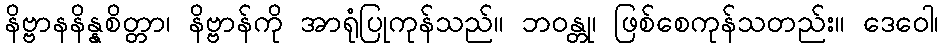
နိဗ္ဗာနနိန္နစိတ္တာ၊ နိဗ္ဗာန်ကို အာရုံပြုကုန်သည်။ ဘဝန္တု၊ ဖြစ်စေကုန်သတည်း။ ဒေဝေါ၊